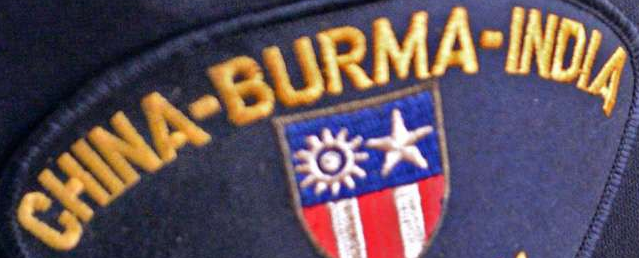
CHINA-BURMA-INDIA